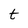
Character: t